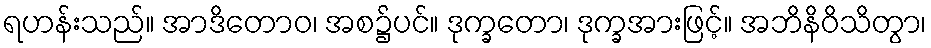
ရဟန်းသည်။ အာဒိတောဝ၊ အစ၌ပင်။ ဒုက္ခတော၊ ဒုက္ခအားဖြင့်။ အဘိနိဝိသိတွာ၊